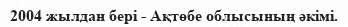
2004 жылдан бері - Ақтөбе облысының әкімі.